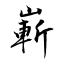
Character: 嶄